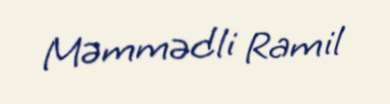
Məmmədli Ramil